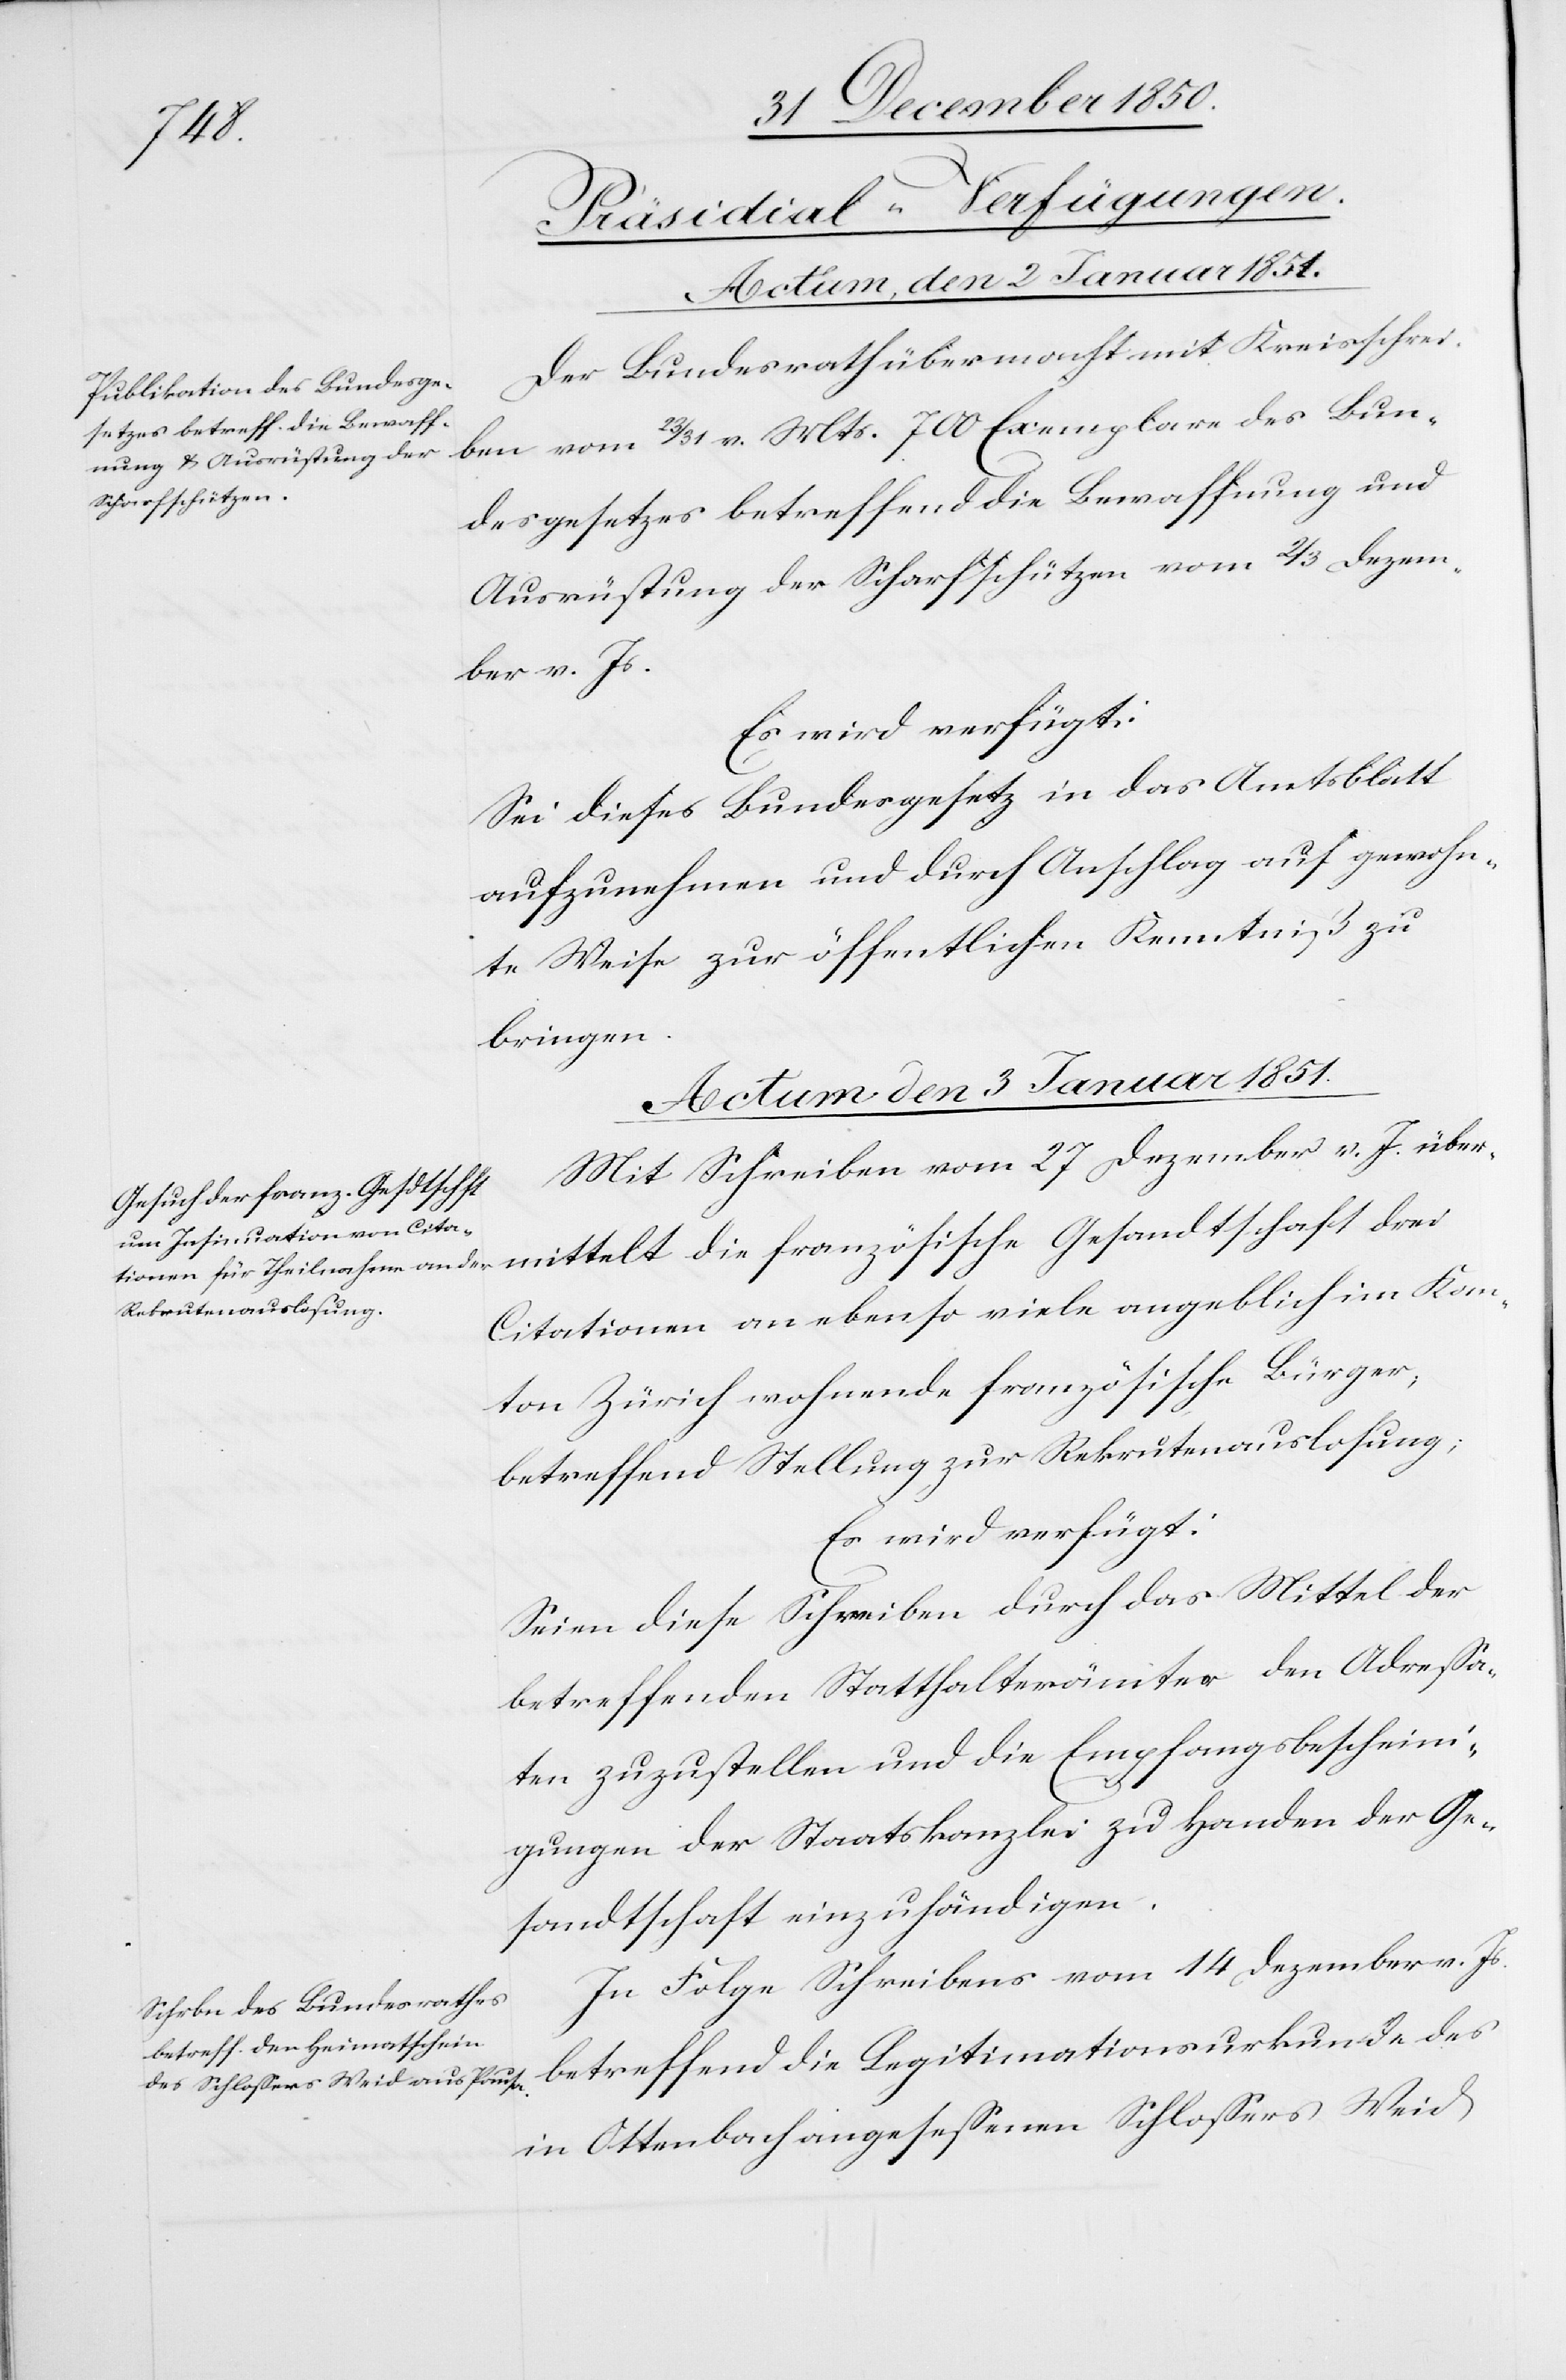
mittelt
[Präsidial-Verfügungen.
Actum den 3 Januar 1851.]
Der Bundesrath übermacht mit Kreisschrei¬
ben vom 23/31 v. Mts. 700 Exemplare des Bun¬
desgesetzes betreffend die Bewaffnung und
Ausrüstung der Scharfschützen vom 2/3 Dezem¬
ber v. Js.
Es wird verfügt:
Sei dieses Bundesgesetz in das Amtsblatt
aufzunehmen und durch Anschlag auf gewohn¬
te Weise zur öffentlichen Kenntniß zu
bringen.
Mit Schreiben vom 27 Dezember v. J. über¬
Citationen an ebenso viele angeblich im Kan¬
ton Zürich wohnende französische Bürger,
betreffend Stellung zur Rekrutenauslosung;
Es wird verfügt:
Seien diese Schreiben durch das Mittel der
betreffenden Statthalterämter den Adressa¬
ten zuzustellen und die Empfangsbescheini¬
gungen der Staatskanzlei zu Handen der Ge¬
sandtschaft einzuhändigen.
In Folge Schreibens vom 14 Dezember v. Js.
betreffend die Legitimationsurkunde des
in Ottenbach angesessenen Schlossers Weid